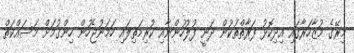
މިރޭގެ މުޒާހަރާގައި އިދިކޮޅު ފަރާތްތަކުން ދަނީ ފުލުހުންނާއި ކުރިމަތިލައި ހަމަނުޖެހުން ހިންގުމަށް މަސައްކަތް